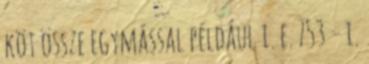
köt össze egymással például i. e. 753 – i.